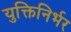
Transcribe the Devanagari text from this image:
युक्तिनिर्भर